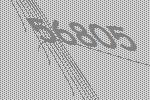
56805